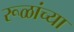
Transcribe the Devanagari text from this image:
रूळांच्या